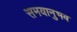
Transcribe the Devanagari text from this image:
समयानुभव